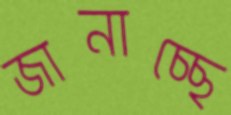
জানাচ্ছে